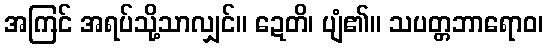
အကြင် အရပ်သို့သာလျှင်။ ဍေတိ၊ ပျံ၏။ သပတ္တဘာရောဝ၊